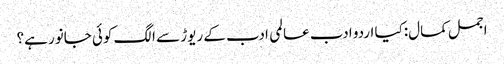
اجمل کمال:کیا اردو ادب عالمی ادب کے ریوڑ سے الگ کوئی جانور ہے؟